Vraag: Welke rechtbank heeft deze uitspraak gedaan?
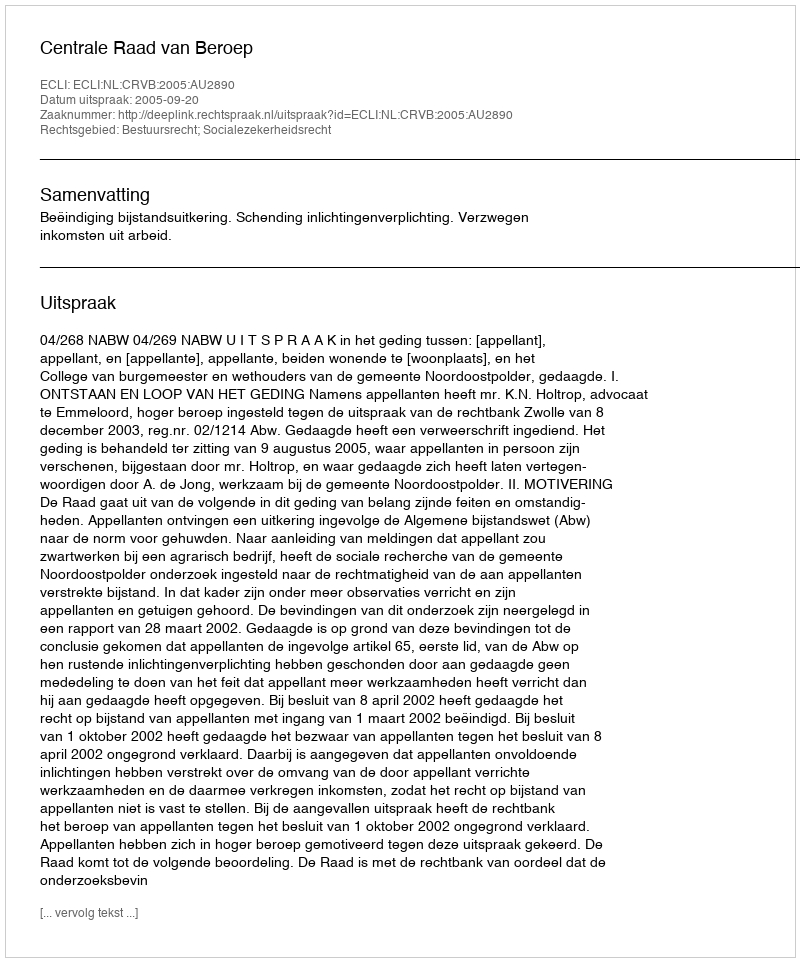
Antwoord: Centrale Raad van Beroep